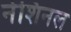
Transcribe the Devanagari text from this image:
नेशिनल